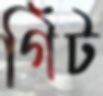
গিঁট